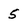
Character: 5